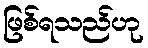
ဖြစ်ရသည်ဟု